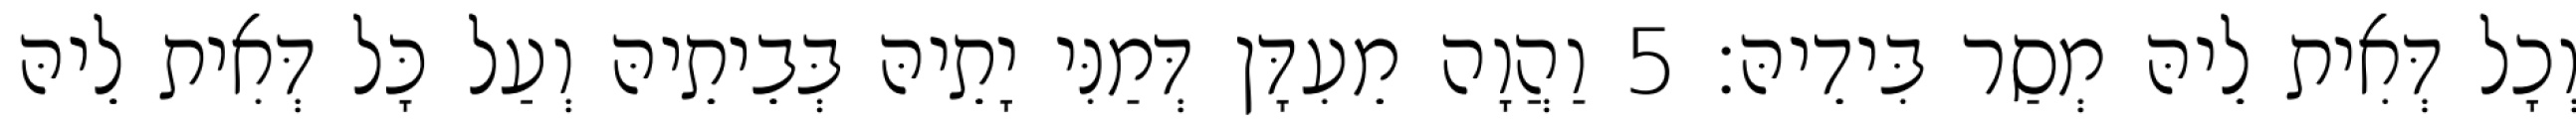
וְכָל דְּאִית לֵיהּ מְסַר בִּידֵיהּ׃ 5 וַהֲוָה מֵעִדָּן דְּמַנִּי יָתֵיהּ בְּבֵיתֵיהּ וְעַל כָּל דְּאִית לֵיהּ